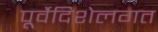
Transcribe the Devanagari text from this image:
पूर्वेदिशेलगत